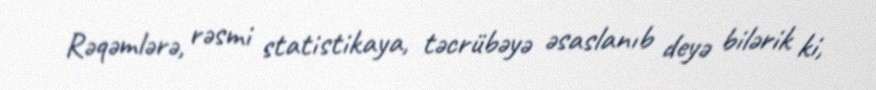
Rəqəmlərə, rəsmi statistikaya, təcrübəyə əsaslanıb deyə bilərik ki,